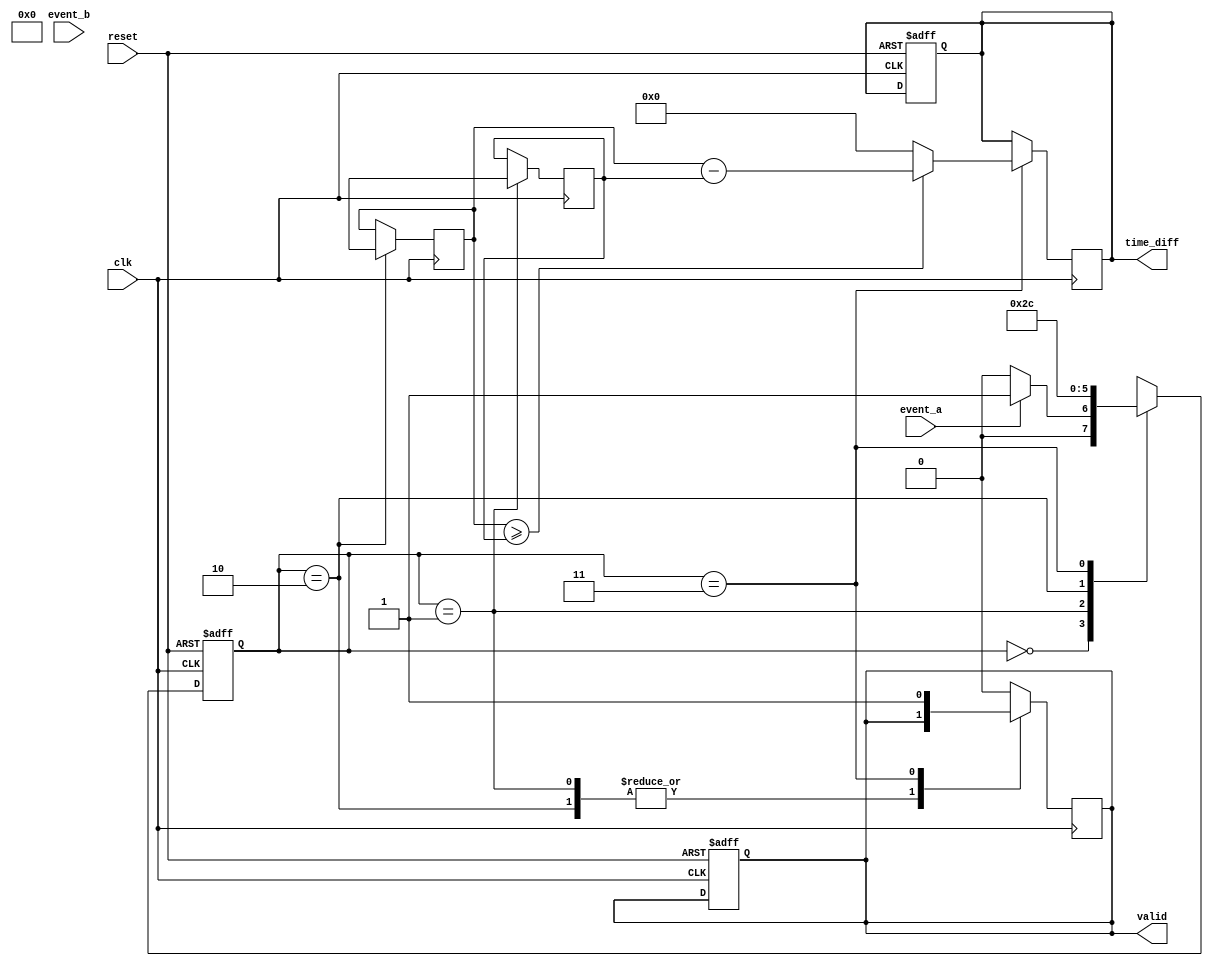
module TDC (
    input wire clk,           // High-frequency clock
    input wire reset,         // Reset signal
    input wire event_a,       // Event A input
    input wire event_b,       // Event B input
    output reg [31:0] time_diff, // Output time difference
    output reg valid          // Output valid signal
);

    // Internal registers
    reg [31:0] timestamp_a;   // Timestamp for Event A
    reg [31:0] timestamp_b;   // Timestamp for Event B
    reg [1:0] state;          // FSM state
    reg [1:0] next_state;     // Next state for FSM
    
    // State encoding
    localparam IDLE       = 2'b00;
    localparam CAPTURE_A  = 2'b01;
    localparam CAPTURE_B  = 2'b10;
    localparam CALCULATE  = 2'b11;

    // FSM: State transition and outputs
    always @(posedge clk or posedge reset) begin
        if (reset) begin
            state <= IDLE;
            time_diff <= 32'b0;
            valid <= 1'b0;
        end else begin
            state <= next_state;
        end
    end

    // Next state logic
    always @(*) begin
        case (state)
            IDLE: begin
                if (event_a)
                    next_state = CAPTURE_A;
                else
                    next_state = IDLE;
            end
            CAPTURE_A: begin
                next_state = CAPTURE_B;
            end
            CAPTURE_B: begin
                next_state = CALCULATE;
            end
            CALCULATE: begin
                next_state = IDLE; // Return to IDLE after calculation
            end
            default: next_state = IDLE;
        endcase
    end

    // Timestamp capturing and calculation logic
    always @(posedge clk) begin
        case (state)
            CAPTURE_A: begin
                timestamp_a <= $time; // Capture timestamp for Event A
            end
            CAPTURE_B: begin
                timestamp_b <= $time; // Capture timestamp for Event B
            end
            CALCULATE: begin
                if (timestamp_b >= timestamp_a) begin
                    time_diff <= timestamp_b - timestamp_a; // Calculate time difference
                end else begin
                    time_diff <= 32'b0; // Handle potential underflow
                end
                valid <= 1'b1; // Set valid output
            end
            default: valid <= 1'b0; // Reset valid signal
        endcase
    end

endmodule